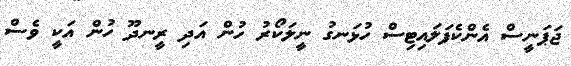
ޖަޕަނީސް އެންކެފަލައިޓިސް ހުޅަނގު ނީލަކޯރު ހުން އަދި ރީނދޫ ހުން އަކީ ވެސް